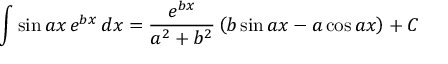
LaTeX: \int \sin a x \, e ^ { b x } \, d x = { \frac { e ^ { b x } } { a ^ { 2 } + b ^ { 2 } } } \left( b \sin a x - a \cos a x \right) + C